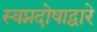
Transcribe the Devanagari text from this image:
स्वप्नदोषाद्वारे